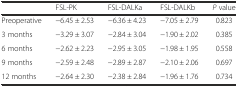
<table><thead><tr><td></td><td><b>FSL-PK</b></td><td><b>FSL-DALKa</b></td><td><b>FSL-DALKb</b></td><td><b><i>P</i> value</b></td></tr></thead><tbody><tr><td>Preoperative</td><td>−6.45 ± 2.53</td><td>−6.36 ± 4.23</td><td>−7.05 ± 2.79</td><td>0.823</td></tr><tr><td>3 months</td><td>−3.29 ± 3.07</td><td>−2.84 ± 3.04</td><td>−1.90 ± 2.02</td><td>0.385</td></tr><tr><td>6 months</td><td>−2.62 ± 2.23</td><td>−2.95 ± 3.05</td><td>−1.98 ± 1.95</td><td>0.558</td></tr><tr><td>9 months</td><td>−2.59 ± 2.48</td><td>−2.89 ± 2.87</td><td>−2.10 ± 2.06</td><td>0.697</td></tr><tr><td>12 months</td><td>−2.64 ± 2.30</td><td>−2.38 ± 2.84</td><td>−1.96 ± 1.76</td><td>0.734</td></tr></tbody></table>